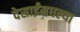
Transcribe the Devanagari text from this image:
देसाईंमधल्या